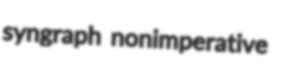
syngraph nonimperative